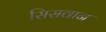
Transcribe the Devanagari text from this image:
सिसवान